King Institute of Preventive Medicine Micro-Biological Section reports 1909-11
Year: 1909
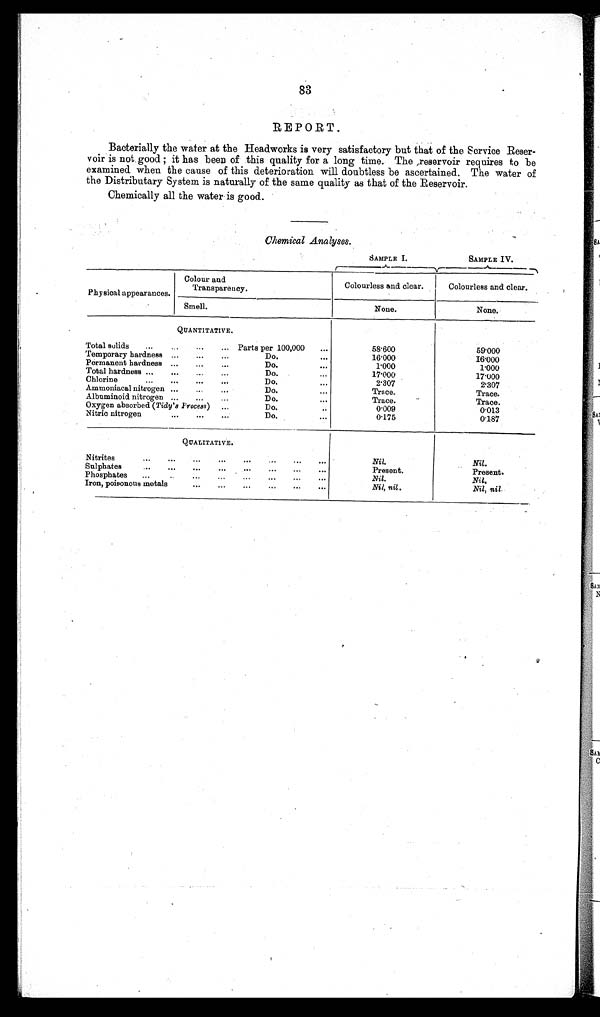
83
R E P O R T .
Bacterially the water at the Headworks is very satisfactory but that of the Service Reser-
voir is not good; it has been of this quality for a long time. The reservoir requires to be
examined when the cause of this deterioration will doubtless be ascertained. The water of
the Distributary System is naturally of the same quality as that of the Reservoir.
Chemically all the water is good.
Chemical Analyses .